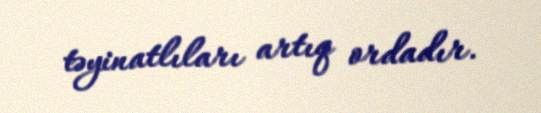
təyinatlıları artıq ordadır.